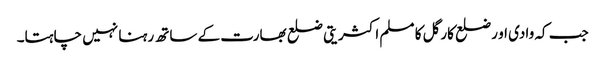
جب کہ وادی او رضلع کارگل کا مسلم اکثریتی ضلع بھارت کے ساتھ رہنا نہیں چاہتا۔